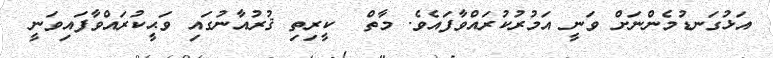
އަޅުގަނޑުމެންނަށް ވަނީ އަމުރުކުރައްވާފައެވެ. މާތް  ކީރިތި ޤުރުއާނުގައި ވަޙީކުރައްވާފައިވަނީ